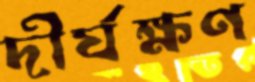
দীর্ঘক্ষণ